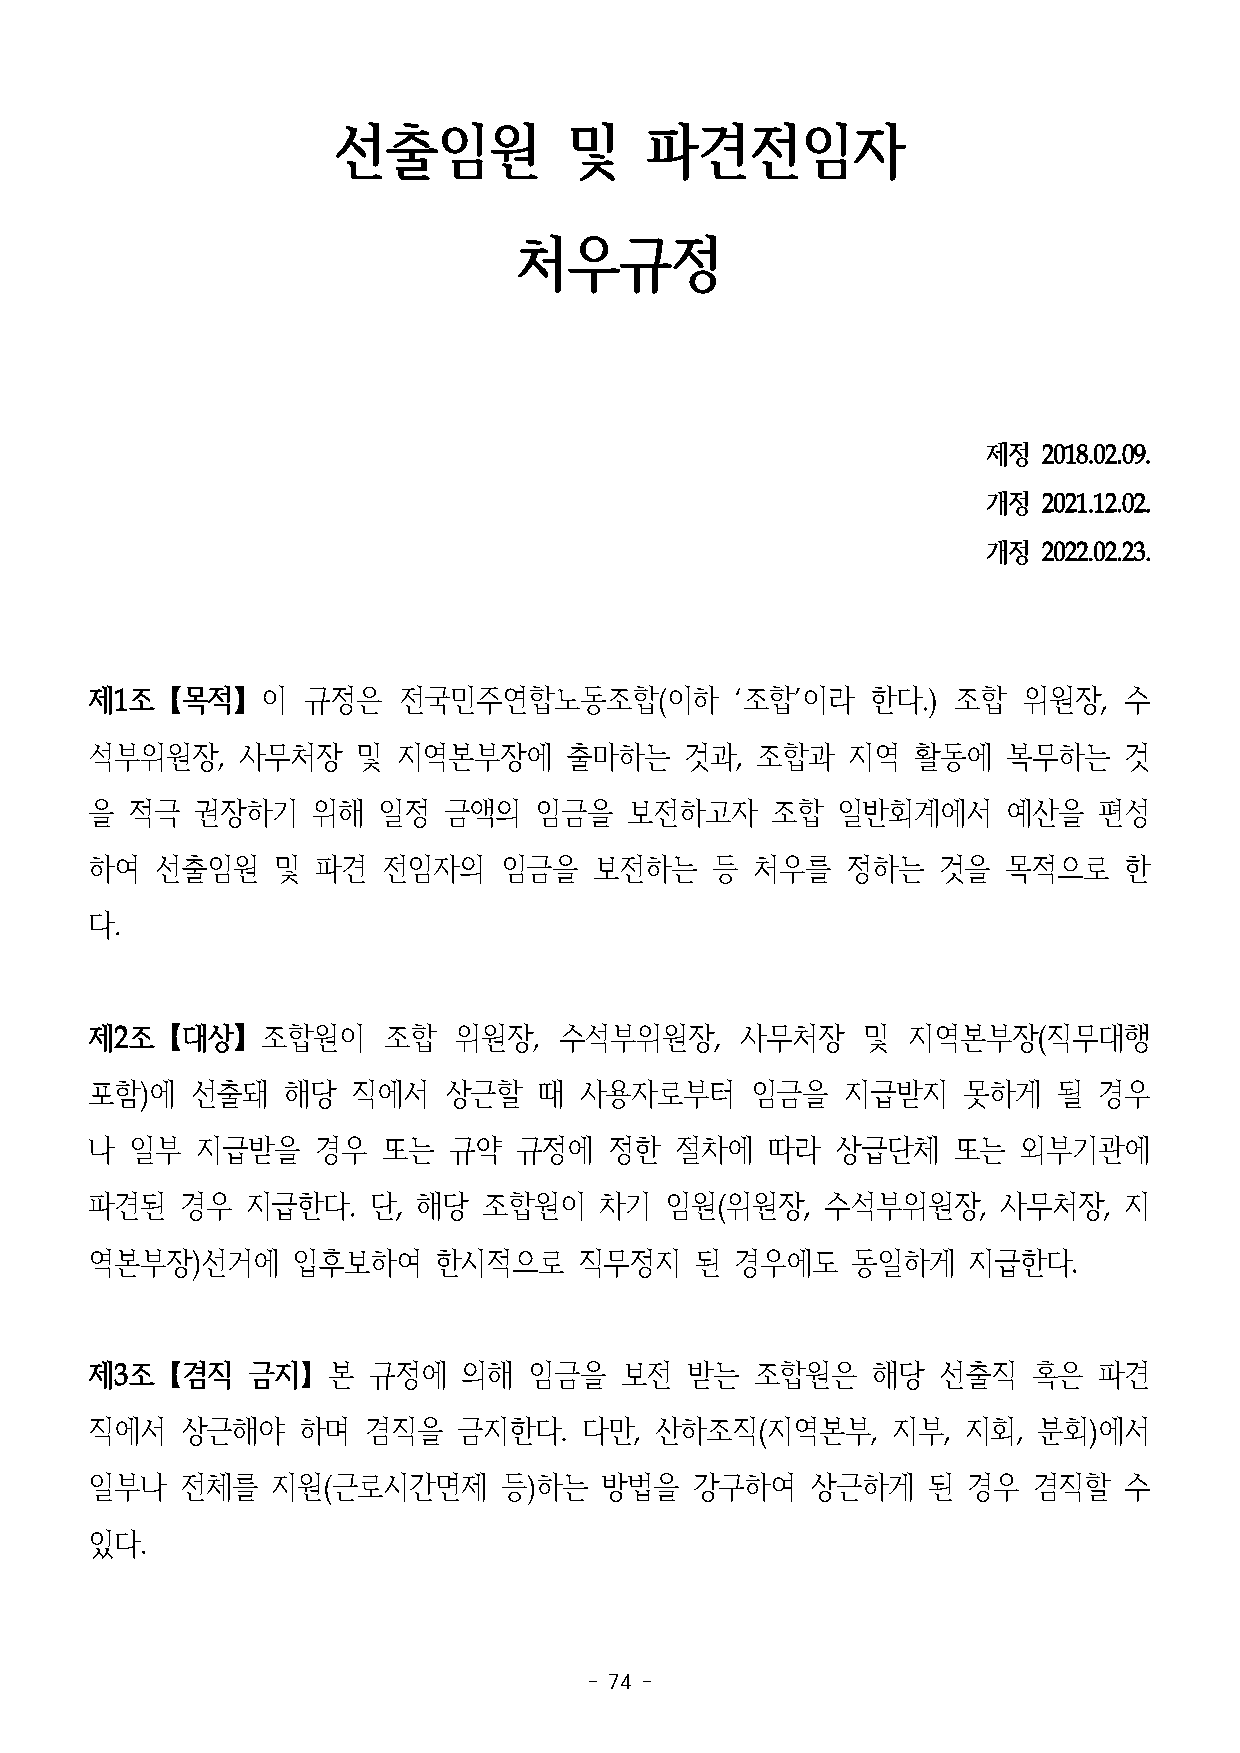
선출임원            및    파견전임자
 처우규정
 제정  2018.02.09.
 개정  2021.12.02.
 개정  2022.02.23.
 제1조【목적】이      규정은   전국민주연합노동조합(이하          ‘조합’이라   한다.) 조합   위원장,  수
 석부위원장,    사무처장    및 지역본부장에     출마하는    것과,  조합과   지역   활동에   복무하는   것
 을  적극  권장하기    위해  일정  금액의   임금을    보전하고자    조합  일반회계에서      예산을   편성
 하여  선출임원    및  파견  전임자의    임금을   보전하는    등  처우를   정하는   것을   목적으로   한
 다.
 제2조【대상】조합원이        조합   위원장,   수석부위원장,     사무처장    및  지역본부장(직무대행
 포함)에   선출돼   해당  직에서   상근할    때 사용자로부터      임금을   지급받지    못하게   될  경우
 나  일부  지급받을    경우  또는   규약  규정에   정한   절차에   따라  상급단체    또는   외부기관에
 파견된   경우  지급한다.   단,  해당  조합원이    차기  임원(위원장,    수석부위원장,    사무처장,   지
 역본부장)선거에     입후보하여     한시적으로    직무정지    된  경우에도   동일하게    지급한다.
 제3조【겸직    금지】본    규정에    의해  임금을   보전  받는   조합원은    해당  선출직   혹은   파견
 직에서   상근해야    하며  겸직을   금지한다.   다만,  산하조직(지역본부,      지부,  지회,  분회)에서
 일부나   전체를   지원(근로시간면제      등)하는   방법을   강구하여    상근하게   된  경우  겸직할   수
 있다.
 - 74 -